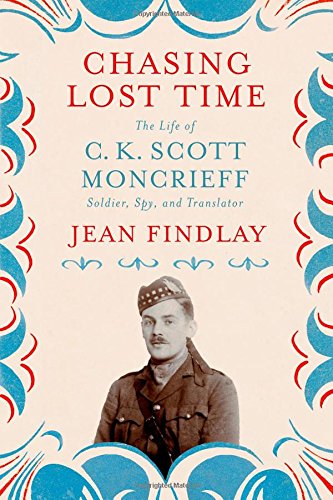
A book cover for Chasing Lost Time: The Life of C. K. Scott Moncrieff: Soldier, Spy, and Translator; Jean Findlay; Gay & Lesbian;